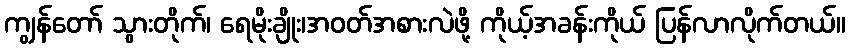
ကျွန်တော် သွားတိုက်၊ ရေမိုးချိုး၊အဝတ်အစားလဲဖို့ ကိုယ့်အခန်းကိုယ် ပြန်လာလိုက်တယ်။